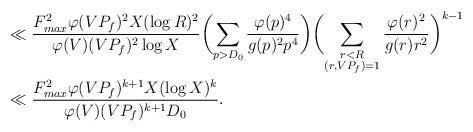
LaTeX: \begin{align*}&\ll\frac{F_{max}^2\varphi(VP_f)^2X(\log R)^2}{\varphi(V)(VP_f)^2\log X}\biggl(\sum_{p>D_0}\frac{\varphi(p)^4}{g(p)^2p^4}\biggr)\biggl(\sum_{\substack{r<R\\(r,VP_f)=1}}\frac{\varphi(r)^2}{g(r)r^2}\biggr)^{k-1}\\&\ll\frac{F_{max}^2\varphi(VP_f)^{k+1}X(\log X)^k}{\varphi(V)(VP_f)^{k+1}D_0}.\end{align*}